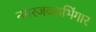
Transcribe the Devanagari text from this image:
नगरजवळभिंगार